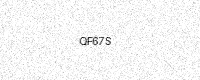
Text: QF67S